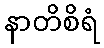
နာတိစိရံ